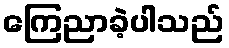
ကြေညာခဲ့ပါသည်